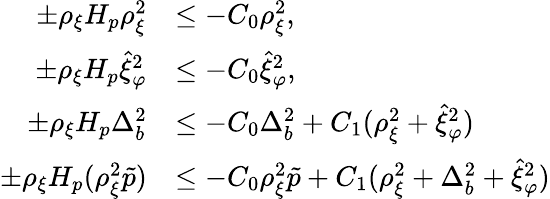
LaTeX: \begin{array}{rl}{\pm\rho_{\xi}H_{p}\rho_{\xi}^{2}}&{\leq-C_{0}\rho_{\xi}^{2},}\\ {\pm\rho_{\xi}H_{p}\hat{\xi}_{\varphi}^{2}}&{\leq-C_{0}\hat{\xi}_{\varphi}^{2},}\\ {\pm\rho_{\xi}H_{p}\Delta_{b}^{2}}&{\leq-C_{0}\Delta_{b}^{2}+C_{1}(\rho_{\xi}^{2}+\hat{\xi}_{\varphi}^{2})}\\ {\pm\rho_{\xi}H_{p}(\rho_{\xi}^{2}\tilde{p})}&{\leq-C_{0}\rho_{\xi}^{2}\tilde{p}+C_{1}(\rho_{\xi}^{2}+\Delta_{b}^{2}+\hat{\xi}_{\varphi}^{2})}\end{array}